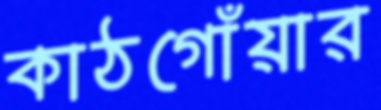
কাঠগোঁয়ার